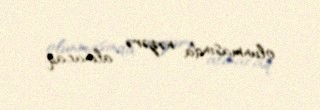
olunmasında nəzərə alınacaq.